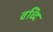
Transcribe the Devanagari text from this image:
वध्दि